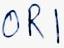
Text: OR1